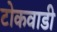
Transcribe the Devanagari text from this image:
टोकवाडी